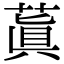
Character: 蒖